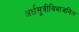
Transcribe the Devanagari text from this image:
अर्धसूत्रीविभाजनिक